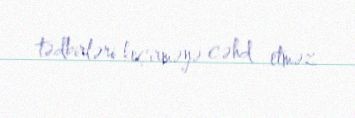
tədbirləri keçirməyə cəhd etməz.